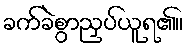
ခက်ခဲစွာညှပ်ယူရ၏။